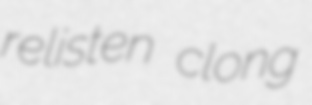
relisten clong